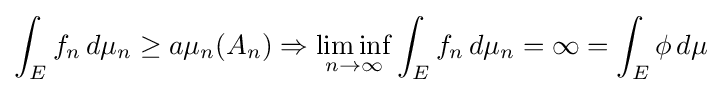
\int _{E}f_{n}\,d\mu _{n}\geq a\mu _{n}(A_{n})\Rightarrow \liminf _{n\to \infty }\int _{E}f_{n}\,d\mu _{n}=\infty =\int _{E}\phi \,d\mu